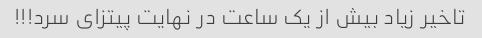
تاخیر زیاد بیش از یک ساعت در نهایت پیتزای سرد!!!